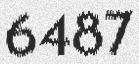
6487